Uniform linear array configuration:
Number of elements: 24
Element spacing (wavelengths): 0.25
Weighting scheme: cosine
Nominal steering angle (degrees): -45
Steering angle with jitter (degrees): -43.969
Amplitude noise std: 0.05
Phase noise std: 0.05

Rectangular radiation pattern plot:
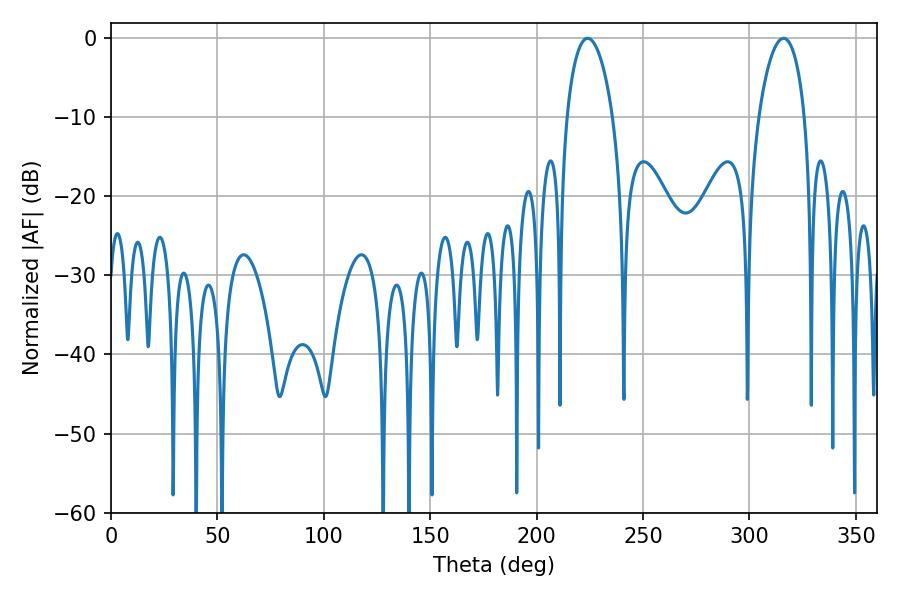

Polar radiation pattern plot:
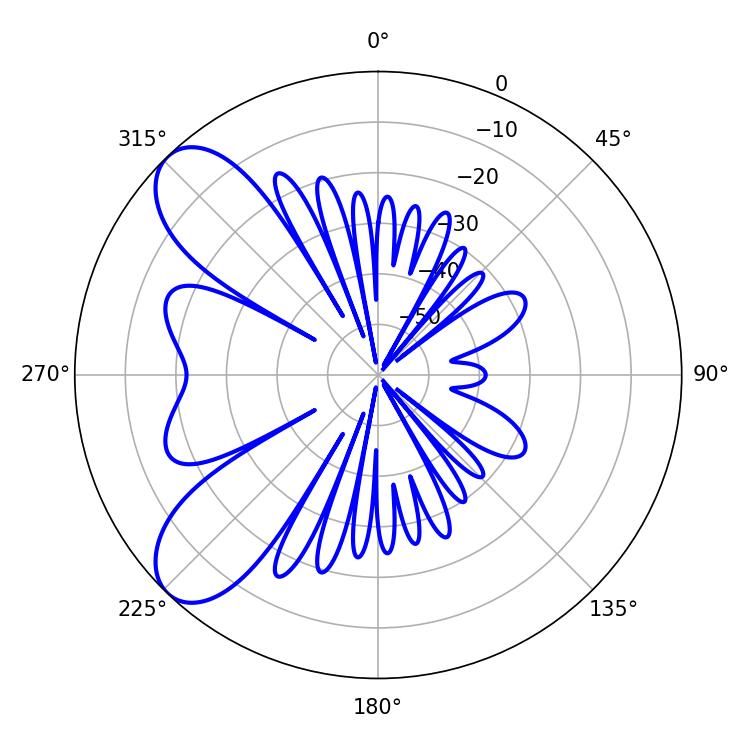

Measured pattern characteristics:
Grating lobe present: FALSE
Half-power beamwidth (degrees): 12.24
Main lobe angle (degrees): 223.92